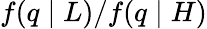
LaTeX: f(q\mid L)/f(q\mid H)